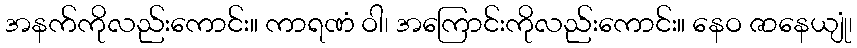
အနက်ကိုလည်းကောင်း။ ကာရဏံ ဝါ၊ အကြောင်းကိုလည်းကောင်း။ နေဝ ဇာနေယျုံ၊